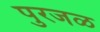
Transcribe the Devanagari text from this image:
पुरजळ